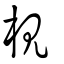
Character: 梘